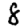
Digit: 8